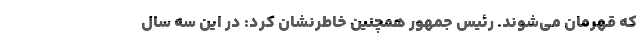
که قهرمان می‌شوند. رئیس جمهور همچنین خاطرنشان کرد: در این سه سال